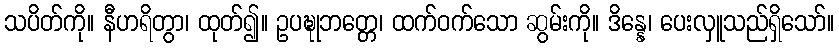
သပိတ်ကို။ နီဟရိတွာ၊ ထုတ်၍။ ဥပဍ္ဎုဘတ္တေ၊ ထက်ဝက်သော ဆွမ်းကို။ ဒိန္နေ၊ ပေးလှူသည်ရှိသော်။